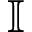
\mathbb { I }